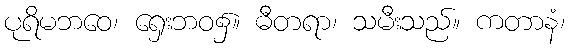
ပုရိမဘဝေ၊ ရှေးဘဝ၌။ ဓီတရာ၊ သမီးသည်။ ကတာနံ၊